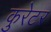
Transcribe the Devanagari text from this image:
कुरेटर